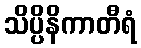
သိပ္ပိနိကာတီရံ